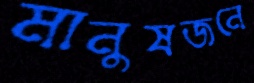
মানুষজনে